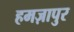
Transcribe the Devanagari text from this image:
हमज़ापुर